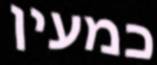
כמעין